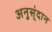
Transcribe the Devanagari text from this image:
अनुस्ंदान